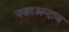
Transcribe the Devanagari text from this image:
नज़रअन्दाज